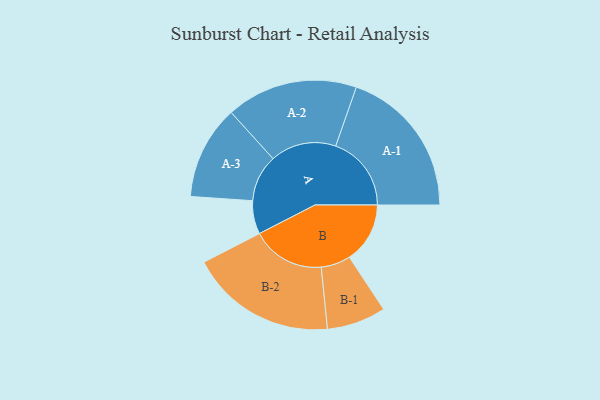
{"axis": {"x": "Segment", "y": "Value"}, "legend": ["", "A", "B"], "data": [{"x": "A", "y": 115, "type": ""}, {"x": "B", "y": 209, "type": ""}, {"x": "A-1", "y": 261, "type": "A"}, {"x": "A-2", "y": 227, "type": "A"}, {"x": "A-3", "y": 162, "type": "A"}, {"x": "B-1", "y": 102, "type": "B"}, {"x": "B-2", "y": 253, "type": "B"}]}